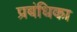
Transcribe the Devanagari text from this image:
प्रबंधिका